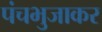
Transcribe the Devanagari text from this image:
पंचभुजाकर